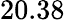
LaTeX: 20.38